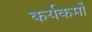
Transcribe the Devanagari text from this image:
कर्यकर्मो